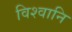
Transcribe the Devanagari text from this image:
विश्वानि